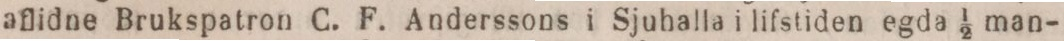
aflidne Brukspatron C. F. Anderssons i Sjuhalla i lifstiden egda 1/2 man-